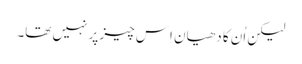
‏ لیکن اُن کا دھیان اِس چیز پر نہیں تھا۔